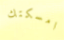
امسكتك